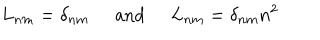
LaTeX: L _ { n m } = \delta _ { n m } \; \; \mathrm { a n d } \; \; L _ { n m } = \delta _ { n m } n ^ { 2 }